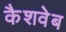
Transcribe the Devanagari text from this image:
कैशवेब